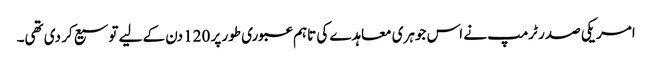
امریکی صدر ٹرمپ نے اس جوہری معاہدے کی تاہم عبوری طور پر 120 دن کے لیے توسیع کر دی تھی۔